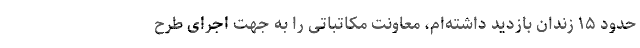
حدود ۱۵ زندان بازدید داشته‌ام، معاونت مکاتباتی را به جهت اجرای طرح